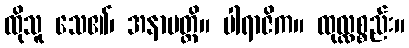
ထိုသူ သေ၏၊ အနာပတ္တိ။ ပါရာဇိက။ ထုလ္လစ္စည်း။